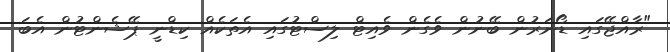
"ރާއްޖޭގައި ޑޯނަރުން ބޭނުން ވެގެން ވެއިޓް ލިސްޓުގައި އެތަކެއް ކިޑްނީ ޕޭޝެންޓުން އެބަ